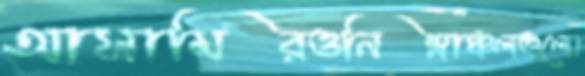
আসামিরওনিম্নাঞ্চলগুলো